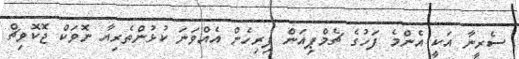
ސެރީނާ އަކީ އެންމެ ފަހުގެ ޗެމްޕިއަން ފިރިހެން އެއްވަނަ ކުޅުންތެރިއާ ނޮވަކް ޖޮކޮވިޗް